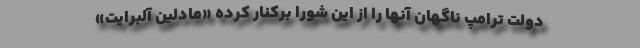
دولت ترامپ ناگهان آنها را از این شورا برکنار کرده «مادلین آلبرایت»